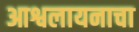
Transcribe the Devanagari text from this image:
आश्वलायनाचा